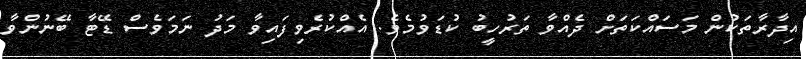
އިދާރާތަކުން މަސައްކަތަށް ދެއްވާ ތަރުހީބު ކުޑަވުމެވެ. އެއްކުރެވިފައިވާ މަދު ނަމަވެސް ޑޭޓާ ބޭނުންވާ